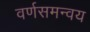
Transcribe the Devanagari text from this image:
वर्णसमन्वय